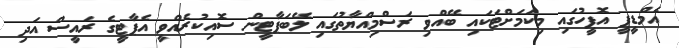
އެމްޑީޕީ އޮފީހުގައި މިކަމަށްޓަކައި ބޭއްވި ރަސްމިއްޔާތުގައި ލޭބަޕާޓީން ސޮއިކުރެއްވީ އެޕާޓީގެ ރައީސް އަދި